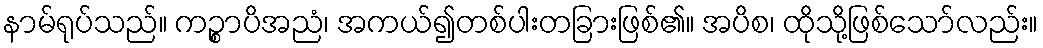
နာမ်ရုပ်သည်။ ကဉ္စာပိအညံ၊ အကယ်၍တစ်ပါးတခြားဖြစ်၏။ အပိစ၊ ထိုသို့ဖြစ်သော်လည်း။